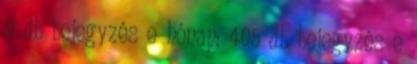
0 db bejegyzés e hónap: 405 db bejegyzés e